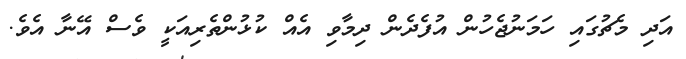
އަދި މެޗުގައި ހަމަނުޖެހުން އުފެދެން ދިމާވި އެއް ކުޅުންތެރިއަކީ ވެސް އޭނާ އެވެ.